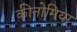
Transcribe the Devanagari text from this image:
कीनोमिया